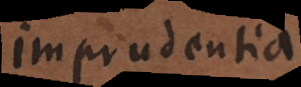
imprudentia